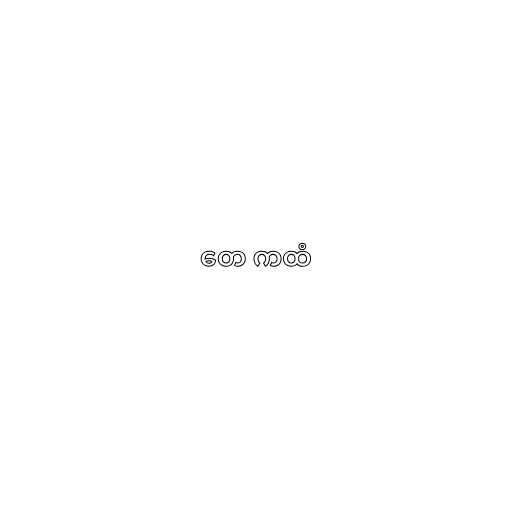
တေ ကထံ